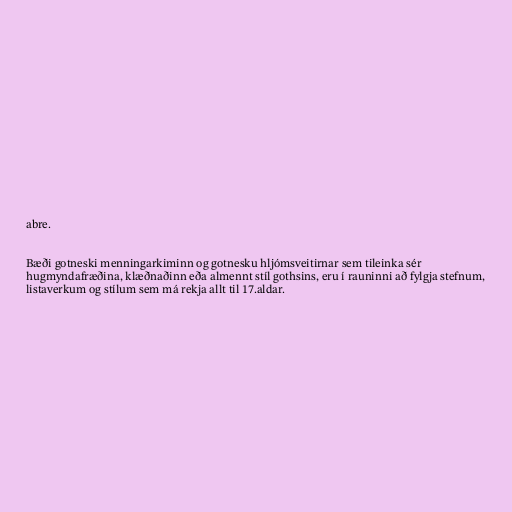
abre.

Bæði gotneski menningarkiminn og gotnesku hljómsveitirnar sem tileinka sér
hugmyndafræðina, klæðnaðinn eða almennt stíl gothsins, eru í rauninni að fylgja stefnum,
listaverkum og stílum sem má rekja allt til 17.aldar.